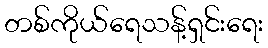
တစ်ကိုယ်ရေသန့်ရှင်းရေး